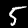
Label: 5